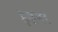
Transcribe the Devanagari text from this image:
इज़नर